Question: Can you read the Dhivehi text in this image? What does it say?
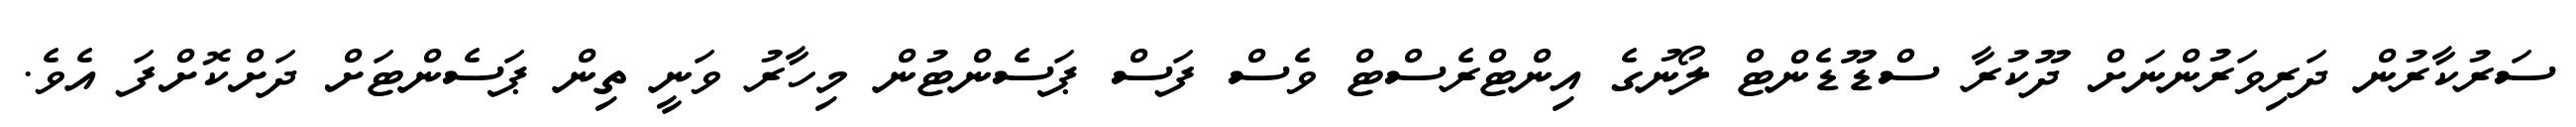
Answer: ސަރުކާރުން ދަރިވަރުންނަށް ދޫކުރާ ސްޑޫޑެންޓް ލޯނުގެ އިންޓްރެސްޓް ވެސް ފަސް ޕަސެންޓުން މިހާރު ވަނީ ތިން ޕަސެންޓަށް ދަށްކޮށްފަ އެވެ.